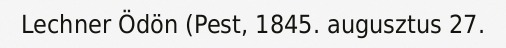
Lechner Ödön (Pest, 1845. augusztus 27.